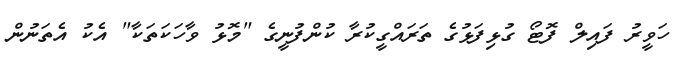
ހަވީރު ފައިލް ފޮޓޯ ގުޅިފަޅުގެ ތަރައްގީކުރާ ކުންފުނީގެ "މޮޅު ވާހަކަތަކާ" އެކު އެތަނުން